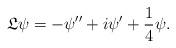
LaTeX: \begin{align*}\mathfrak L\psi=-\psi''+i\psi'+\frac14\psi.\end{align*}